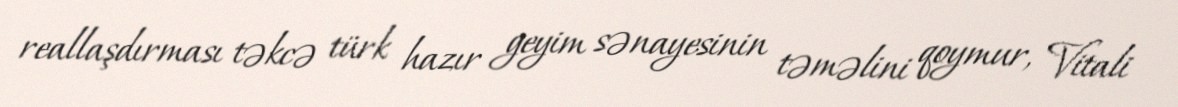
reallaşdırması təkcə türk hazır geyim sənayesinin təməlini qoymur, Vitali